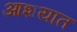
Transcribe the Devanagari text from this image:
आशयात